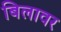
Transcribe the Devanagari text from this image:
बिलावर